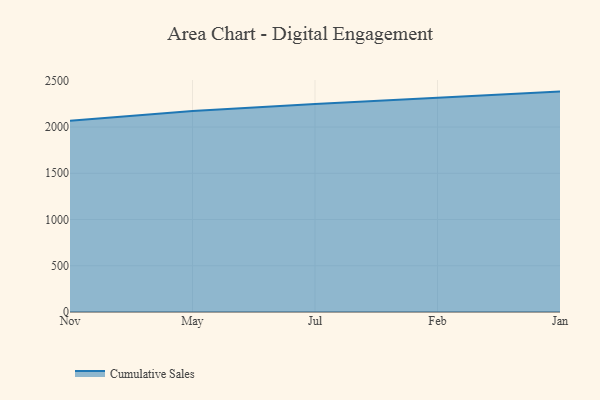
{"axis": {"x": "Month", "y": "Satisfaction Score"}, "legend": ["Cumulative Sales"], "data": [{"x": "Nov", "y": 2069.0, "type": "Cumulative Sales"}, {"x": "May", "y": 2172.2, "type": "Cumulative Sales"}, {"x": "Jul", "y": 2249.9, "type": "Cumulative Sales"}, {"x": "Feb", "y": 2316.8, "type": "Cumulative Sales"}, {"x": "Jan", "y": 2383.2, "type": "Cumulative Sales"}]}